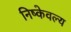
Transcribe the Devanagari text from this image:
निष्केवल्य